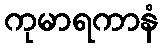
ကုမာရကာနံ